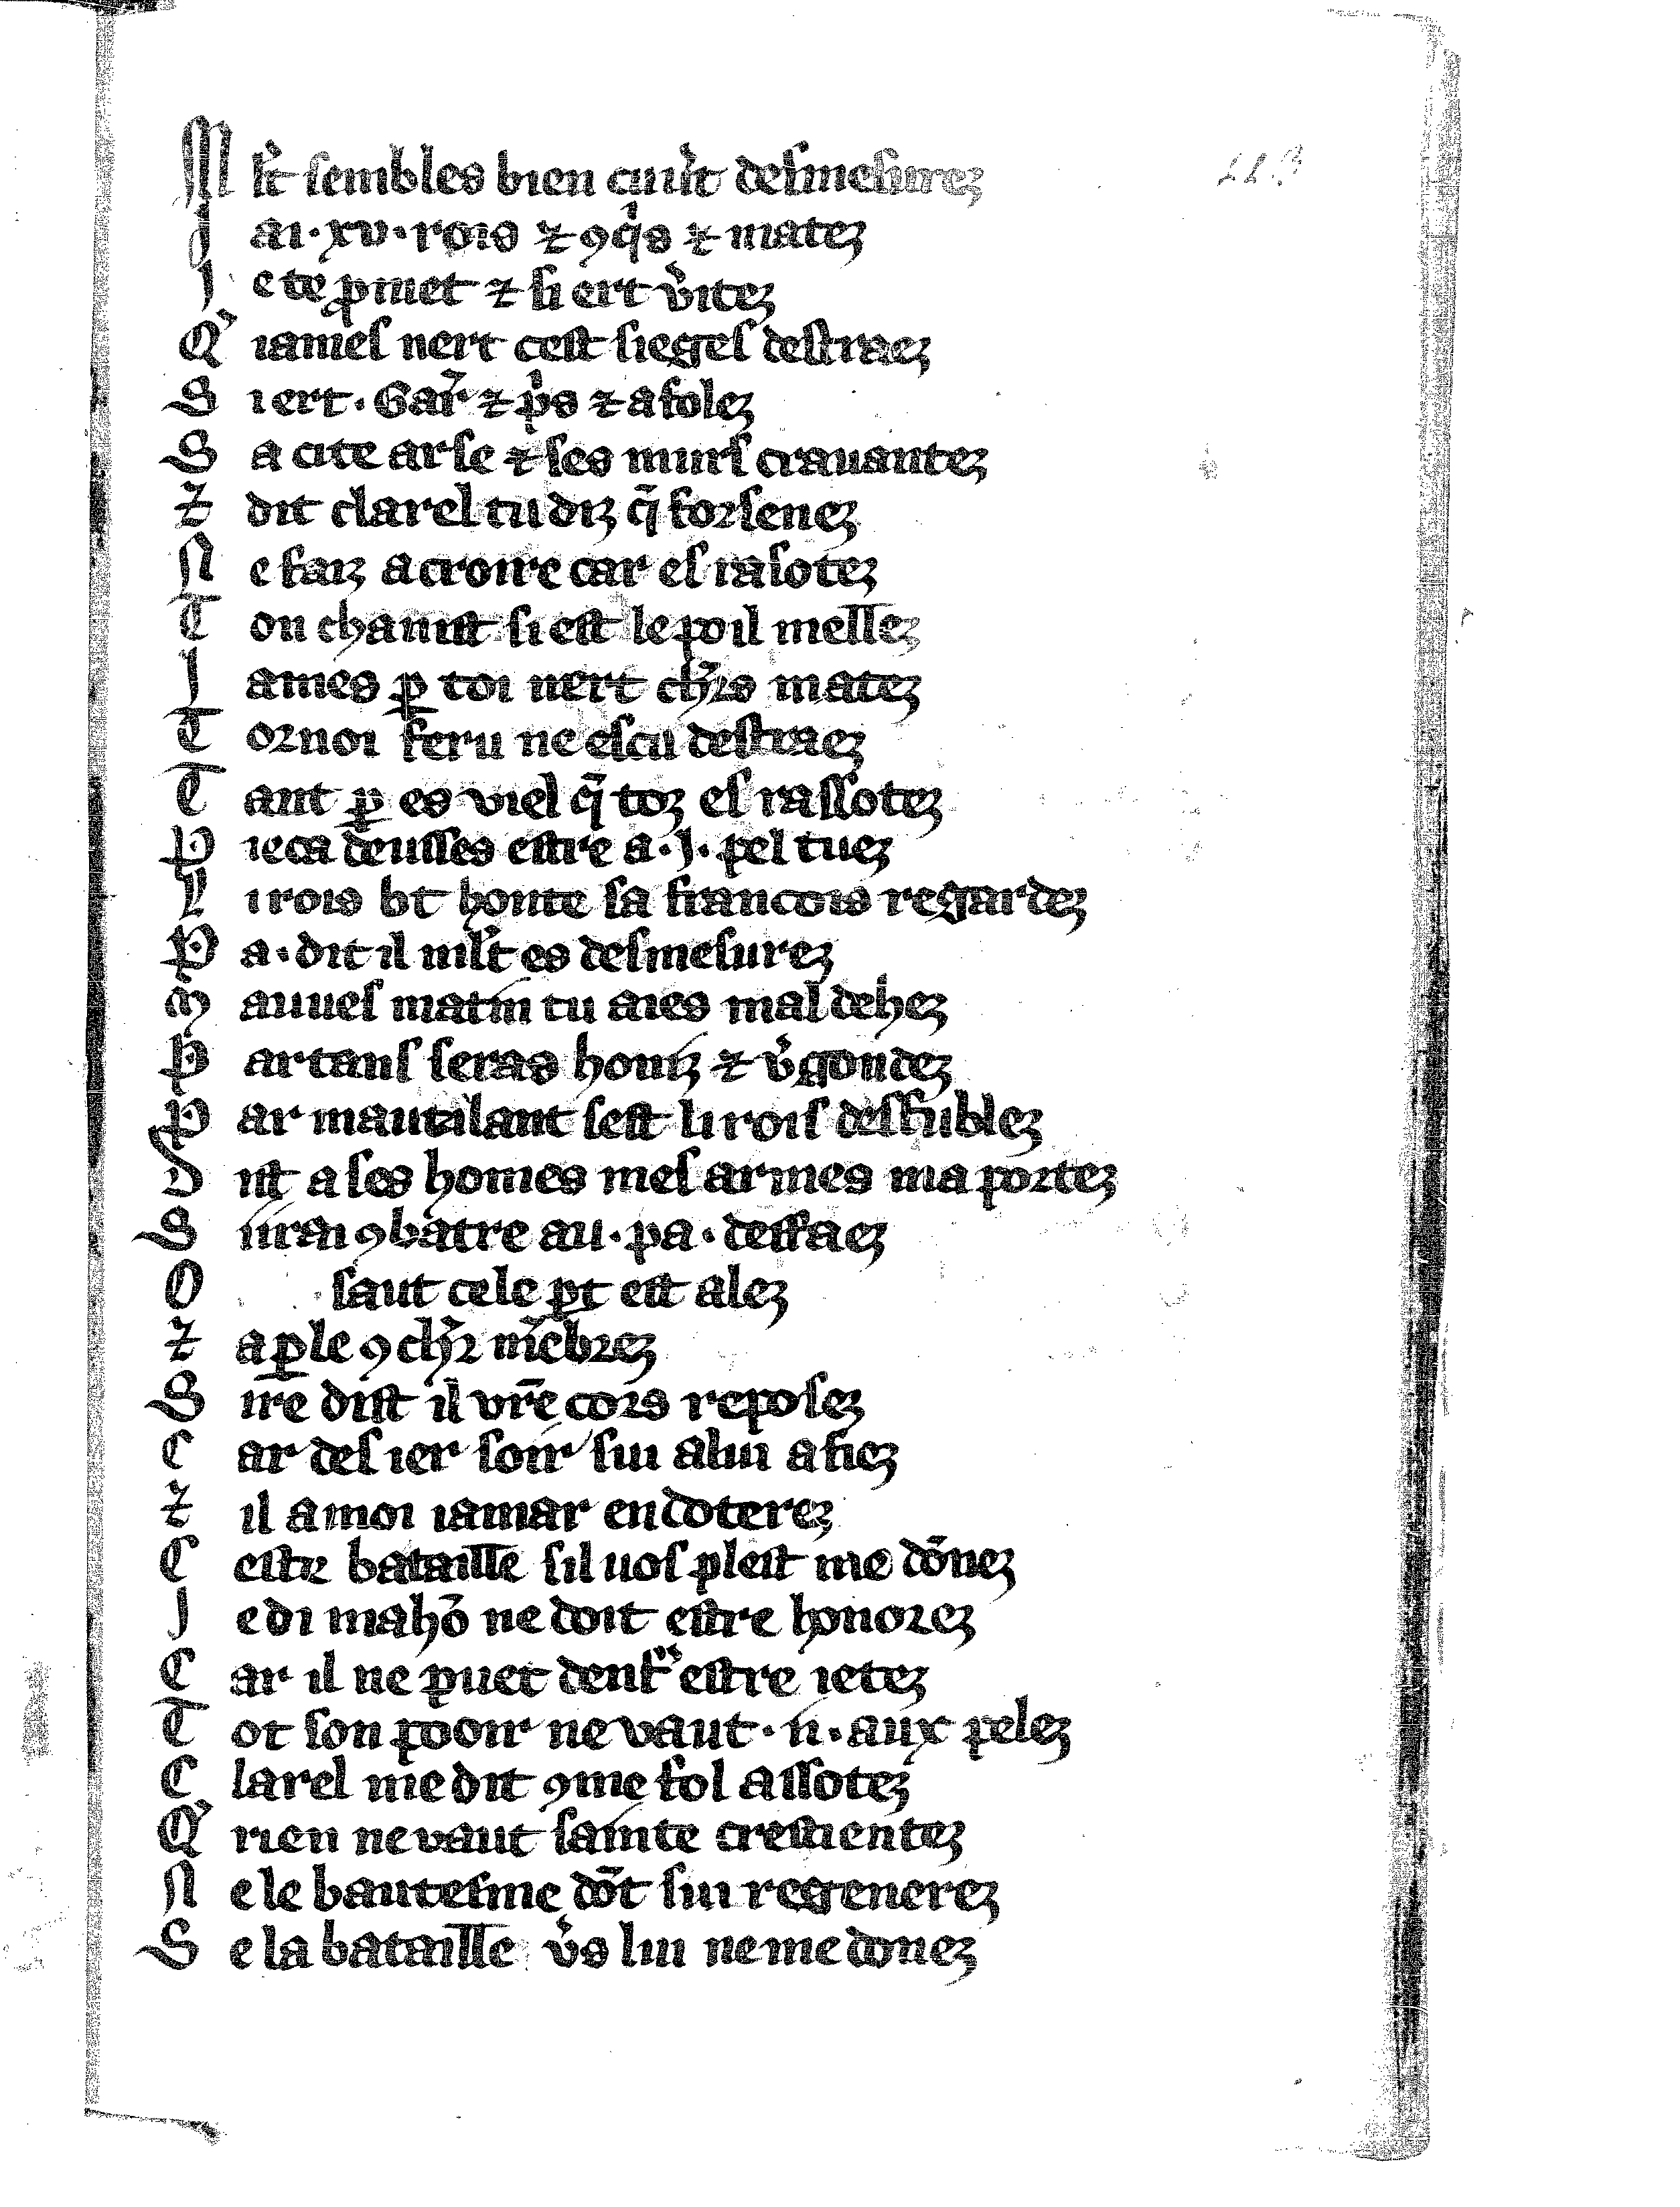
Shelfmark: Vatican, Biblioteca apostolica vaticana, Reg.lat. 1616
Century: 14